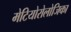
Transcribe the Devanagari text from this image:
मेटियोरोलोजिका